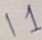
Text: 11